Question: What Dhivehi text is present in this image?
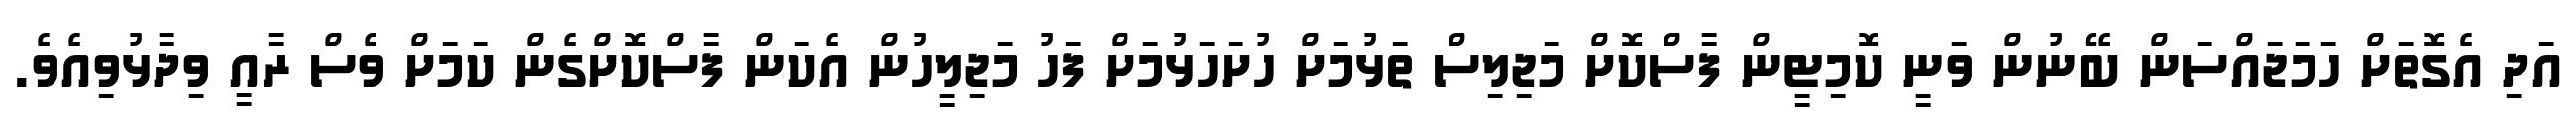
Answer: އަދި އެގޮތަށް ހަމަޖައްސަން ބޭނުން ވަނީ ކޮމިޓީން ފާސްކޮށް މަޖިލިސް ތަޅުމަށް ހުށަހަޅުމަށް ފަހު މަޖިލީހުން އެކަން ފާސްކޮށްގެން ކަމަށް ވެސް ރާއީ ވިދާޅުވިއެވެ.